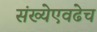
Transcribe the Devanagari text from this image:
संख्येएवढेच